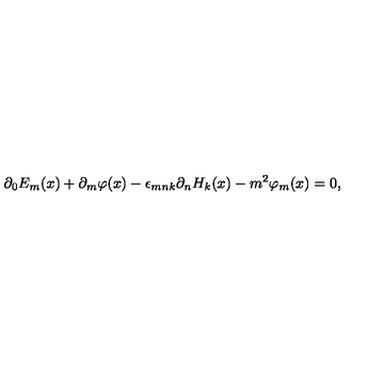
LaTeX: \partial _ { 0 } E _ { m } ( x ) + \partial _ { m } \varphi ( x ) - \epsilon _ { m n k } \partial _ { n } H _ { k } ( x ) - m ^ { 2 } \varphi _ { m } ( x ) = 0 ,